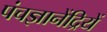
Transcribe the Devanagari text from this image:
पंचज्ञानेंद्रियें